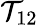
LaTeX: \mathcal{T}_{12}